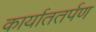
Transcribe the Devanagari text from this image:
कार्याततर्पण